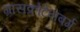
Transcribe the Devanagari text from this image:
ग्रासक्रोटेनबर्ग